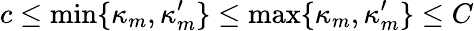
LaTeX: c\leq\operatorname*{min}\{ \kappa_{m},\kappa_{m}^{\prime}\} \leq\operatorname*{max}\{ \kappa_{m},\kappa_{m}^{\prime}\} \leq C